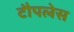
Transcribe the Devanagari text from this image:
टौपलेस